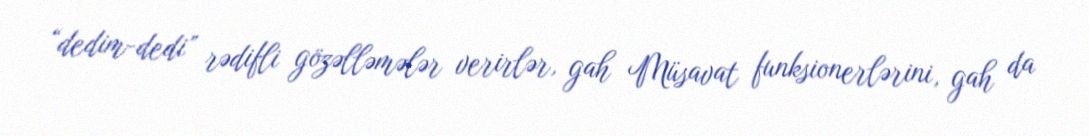
“dedim-dedi” rədifli gözəlləmələr verirlər, gah Müsavat funksionerlərini, gah da